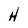
Character: H